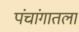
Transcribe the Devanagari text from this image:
पंचांगातला